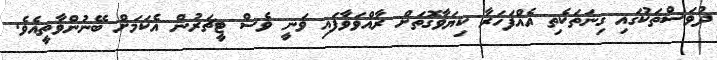
ދުވަސްތަކުގައި ގިނަތަކެތި އެއްފަހަރާ ކިޔަވާގޮތަށް ރާއްވަވާފައި ވަނީ ވެސް ޓީޗަރުން އެކަމަށް ބޭނުންވާތީއެވެ.